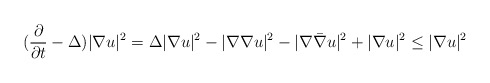
\begin{align*}(\frac{\partial}{\partial t}-\Delta)|\nabla u|^2&=\Delta |\nabla u|^2-|\nabla\nabla u|^2-|\nabla\bar{\nabla}u|^2+|\nabla u|^2\le |\nabla u|^2 \end{align*}